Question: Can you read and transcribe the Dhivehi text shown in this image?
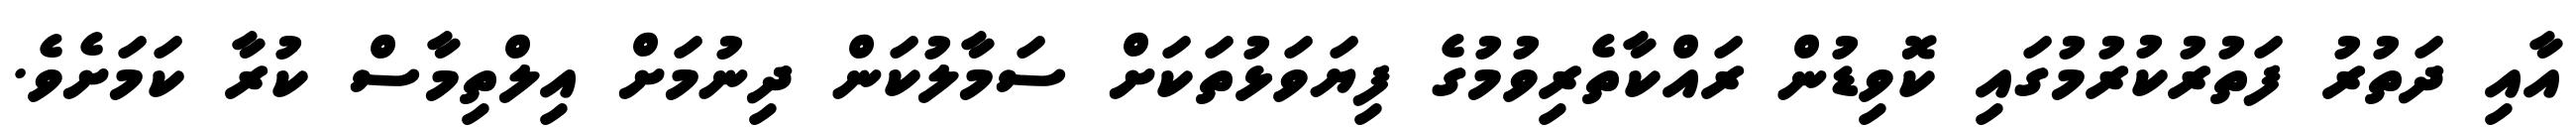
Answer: އާއި ދަތުރު ފަތުރުކުރުމުގައި ކޮވިޑުން ރައްކާތެރިވުމުގެ ފިޔަވަޅުތަކަށް ސަމާލުކަން ދިނުމަށް އިލްތިމާސް ކުރާ ކަމަށެވެ.